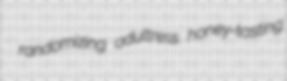
randomizing adultress honey-tasting